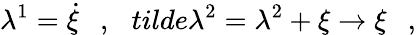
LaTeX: \lambda^{1}=\dot{\xi}\ \ \ ,\ \ \, tilde{\lambda}^{2}=\lambda^{2}+\xi\rightarrow\xi\ \ \ ,